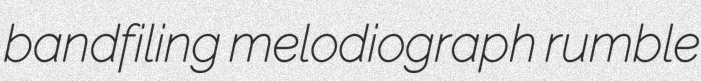
bandfiling melodiograph rumble